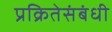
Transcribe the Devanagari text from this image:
प्रक्रितेसंबंधी